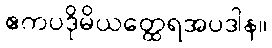
ဧကပဒိုမိယတ္ထေရအပဒါန။